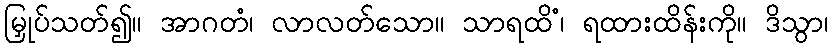
မြှုပ်သတ်၍။ အာဂတံ၊ လာလတ်သော။ သာရထိံ၊ ရထားထိန်းကို။ ဒိသွာ၊